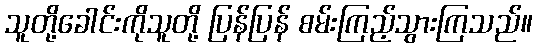
သူတို့ခေါင်းကိုသူတို့ ပြန်ပြန် စမ်းကြည့်သွားကြသည်။